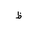
Letter: _za